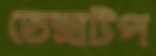
ডেক্সটপ